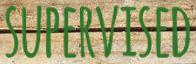
SUPERVISED